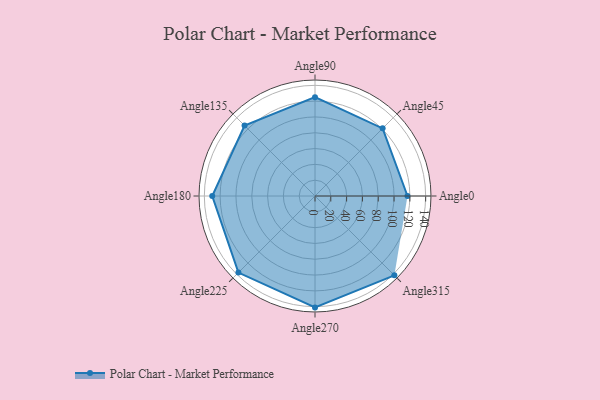
{"axis": {"x": "Angle", "y": "Radius"}, "legend": [""], "data": [{"x": "Angle0", "y": 117.0, "type": ""}, {"x": "Angle45", "y": 121.0, "type": ""}, {"x": "Angle90", "y": 125.0, "type": ""}, {"x": "Angle135", "y": 126.0, "type": ""}, {"x": "Angle180", "y": 130.0, "type": ""}, {"x": "Angle225", "y": 137.0, "type": ""}, {"x": "Angle270", "y": 141.0, "type": ""}, {"x": "Angle315", "y": 142.0, "type": ""}]}